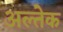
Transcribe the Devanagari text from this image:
अल्तेक